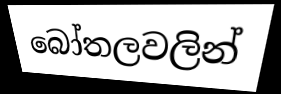
බෝතලවලින්